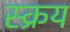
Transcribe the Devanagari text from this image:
स्क्रय